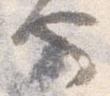
也